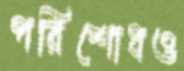
পরিশোধও